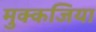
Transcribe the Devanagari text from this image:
मुक्कजिया